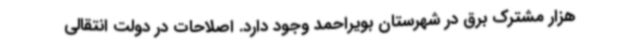
هزار مشترک برق در شهرستان بویراحمد وجود دارد. اصلاحات در دولت انتقالی